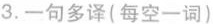
3.一句多译(每空一词)